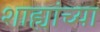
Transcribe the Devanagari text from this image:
शाह्यांच्या